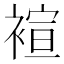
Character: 䙋